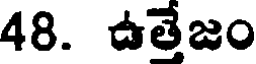
48. ఉత్తేజం